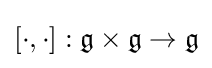
[\cdot ,\cdot ]:{\mathfrak {g}}\times {\mathfrak {g}}\rightarrow {\mathfrak {g}}